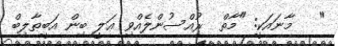
"   މާނައަކީ: "މާތް  ރުއްސުންލެއްވި ޢަލީ ބިން އަބީޠާލިބް